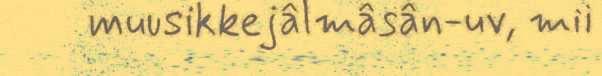
muusikkejâlmâsân-uv, mii